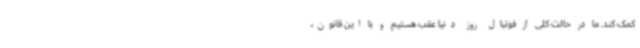
کمک کند. ما در حالت کلی از فوتبال روز دنیا عقب هستیم و با این قانون،